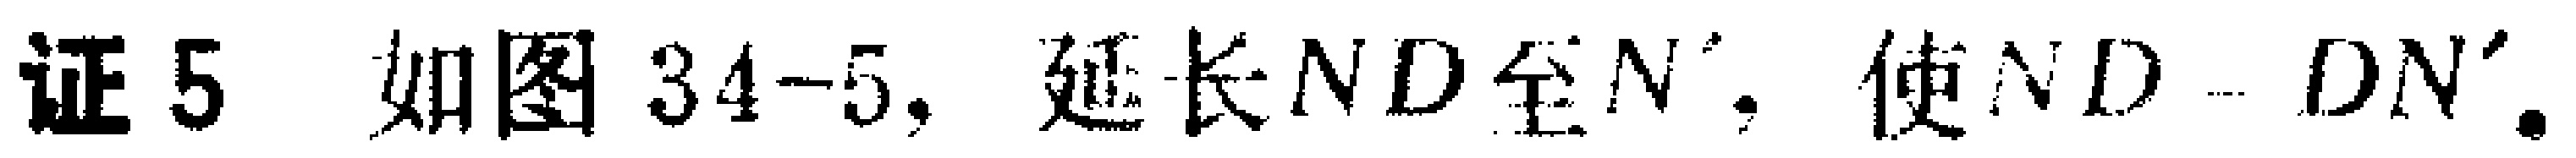
证5 如图34-5, 延长$ND$至$N'$, 使$ND = DN'$.